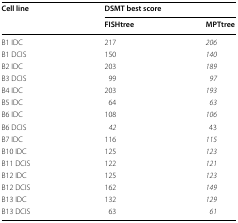
<table><thead><tr><td rowspan="2"><b>Cell line</b></td><td colspan="2"><b>DSMT best score</b></td></tr><tr><td><b>FISHtree</b></td><td><b>MPTtree</b></td></tr></thead><tbody><tr><td>B1 IDC</td><td>217</td><td><i>206</i></td></tr><tr><td>B1 DCIS</td><td>150</td><td><i>140</i></td></tr><tr><td>B2 IDC</td><td>203</td><td><i>189</i></td></tr><tr><td>B3 DCIS</td><td>99</td><td><i>97</i></td></tr><tr><td>B4 IDC</td><td>203</td><td><i>193</i></td></tr><tr><td>B5 IDC</td><td>64</td><td><i>63</i></td></tr><tr><td>B6 IDC</td><td>108</td><td><i>106</i></td></tr><tr><td>B6 DCIS</td><td><i>42</i></td><td>43</td></tr><tr><td>B7 IDC</td><td>116</td><td><i>115</i></td></tr><tr><td>B10 IDC</td><td>125</td><td><i>123</i></td></tr><tr><td>B11 DCIS</td><td>122</td><td><i>121</i></td></tr><tr><td>B12 IDC</td><td>125</td><td><i>123</i></td></tr><tr><td>B12 DCIS</td><td>162</td><td><i>149</i></td></tr><tr><td>B13 IDC</td><td>132</td><td><i>129</i></td></tr><tr><td>B13 DCIS</td><td>63</td><td><i>61</i></td></tr></tbody></table>